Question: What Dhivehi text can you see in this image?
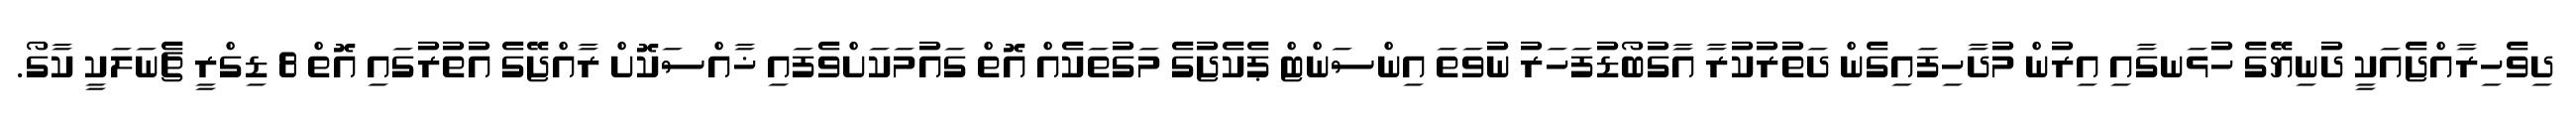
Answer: ދިވެހިރާއްޖެއަކީ ދުނިޔޭގެ ހުޅަނގާއި އިރުން މުދާހިފައިގެން ދަތުރުކުރާ އާގުބޯޑުފަހަރު ނުވަތަ އިންސަންޓް ޕެކެޖުގެ މަގުތަކެއް އޮތް ގައުމަކަށްވެފައި ޚާއްސަކޮށް ރާއްޖޭގެ އުތުރުގައި އޮތް 8 ޑިގްރީ ޗެނަލަކީ ކާގޯ.